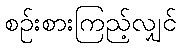
စဉ်းစားကြည့်လျှင်